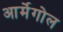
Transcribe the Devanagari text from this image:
आर्मेगोल